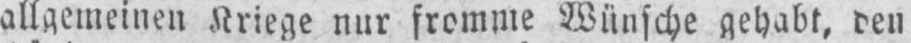
allgemeinen Kriege nur fromme Wünsche gehabt, den